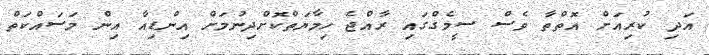
އަދި ކުރިއަށް އޮތްތާ ވެސް ސީމެގްގައި ރާއްޖެ ހިމާޔަތްކޮށްދިނުމަށް އިންޑިއާ އިން މަސައްކަތް